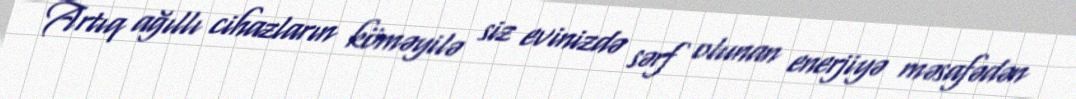
Artıq ağıllı cihazların köməyilə siz evinizdə sərf olunan enerjiyə məsafədən